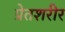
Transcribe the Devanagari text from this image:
प्रेतशरीर